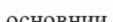
основнии